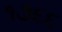
૧૩૬૬